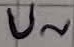
Text: U~